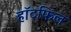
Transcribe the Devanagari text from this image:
हॉटफिल